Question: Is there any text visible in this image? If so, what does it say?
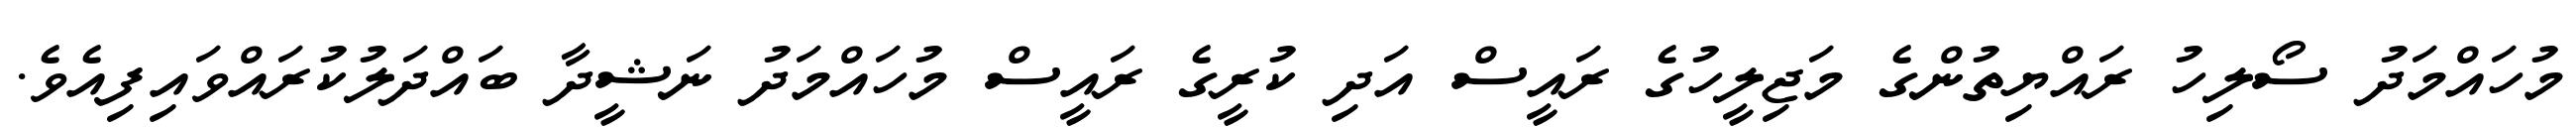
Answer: މުހައްމަދު ސޯލިހު ރައްޔިތުންގެ މަޖިލީހުގެ ރައީސް އަދި ކުރީގެ ރައީސް މުހައްމަދު ނަޝީދާ ބައްދަލުކުރައްވައިފިއެވެ.